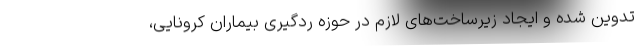
تدوین شده و ایجاد زیرساخت‌های لازم در حوزه ردگیری بیماران کرونایی،